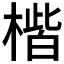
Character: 𪳠